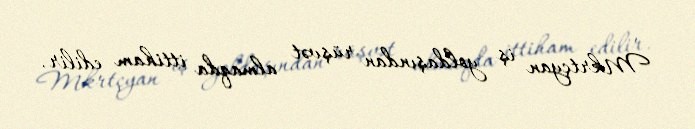
Mkrtçyan iş yoldaşından rüşvət almaqda ittiham edilir.